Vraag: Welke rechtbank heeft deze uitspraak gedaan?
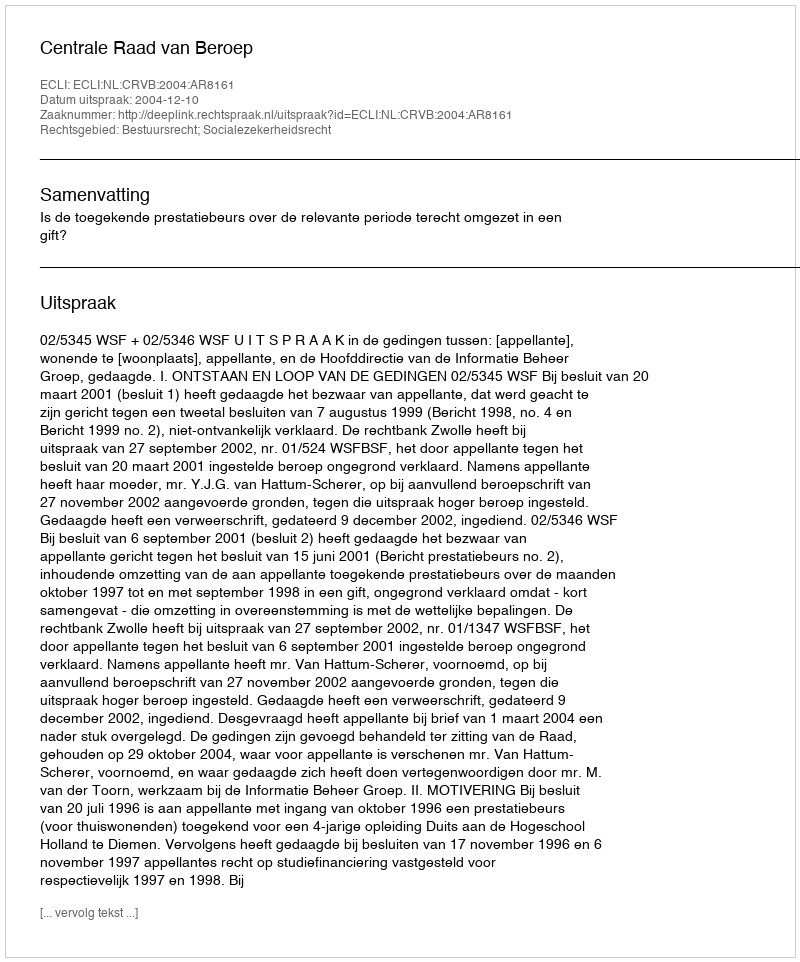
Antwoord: Centrale Raad van Beroep